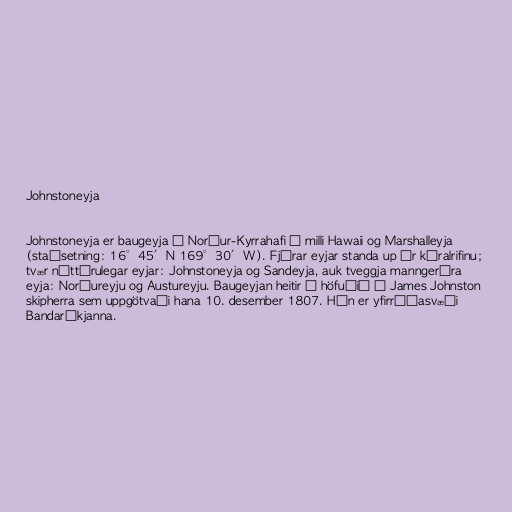
Johnstoneyja

Johnstoneyja er baugeyja í Norður-Kyrrahafi á milli Hawaii og Marshalleyja
(staðsetning: 16°45′N 169°30′W). Fjórar eyjar standa up úr kóralrifinu;
tvær náttúrulegar eyjar: Johnstoneyja og Sandeyja, auk tveggja manngerðra
eyja: Norðureyju og Austureyju. Baugeyjan heitir í höfuðið á James Johnston
skipherra sem uppgötvaði hana 10. desember 1807. Hún er yfirráðasvæði
Bandaríkjanna.